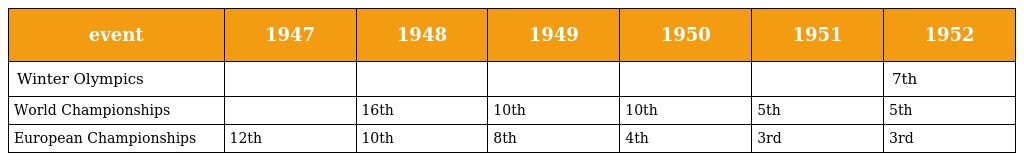
| event | 1947 | 1948 | 1949 | 1950 | 1951 | 1952 |
 | --- | --- | --- | --- | --- | --- | --- |
 | Winter Olympics |  |  |  |  |  | 7th |
 | World Championships |  | 16th | 10th | 10th | 5th | 5th |
 | European Championships | 12th | 10th | 8th | 4th | 3rd | 3rd |